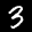
Label: 3